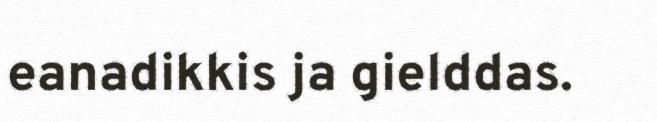
eanadikkis ja gielddas.